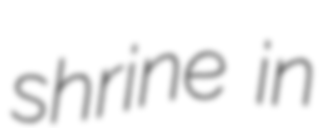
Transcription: shrine in